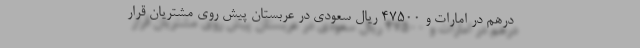
درهم در امارات و 47500 ریال سعودی در عربستان پیش روی مشتریان قرار